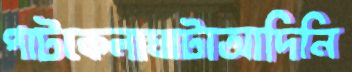
পাটকেলাঘাটাআদিনি